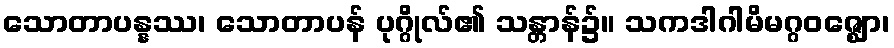
သောတာပန္နဿ၊ သောတာပန် ပုဂ္ဂိုလ်၏ သန္တာန်၌။ သကဒါဂါမိမဂ္ဂဝဇ္ဈော၊